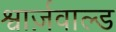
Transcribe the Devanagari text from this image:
श्वार्ज़वाल्ड